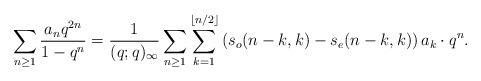
LaTeX: \begin{align*} \sum_{n \geq 1} \frac{a_n q^{2n}}{1-q^n} & = \frac{1}{(q; q)_{\infty}} \sum_{n \geq 1} \sum_{k=1}^{\lfloor n/2 \rfloor} \left( s_o(n-k, k) - s_e(n-k, k)\right) a_k \cdot q^n. \end{align*}